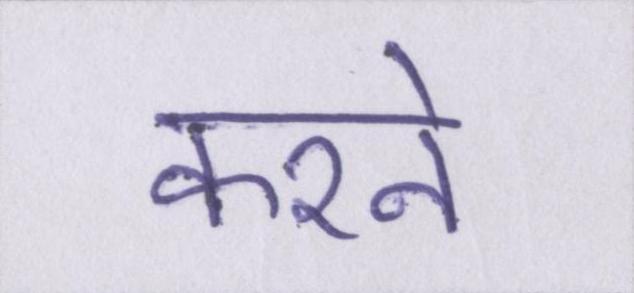
करने